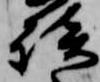
談